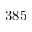
3 8 5